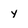
Character: y